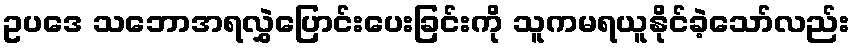
ဥပဒေ သဘောအရလွှဲပြောင်းပေးခြင်းကို သူကမရယူနိုင်ခဲ့သော်လည်း